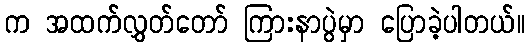
က အထက်လွှတ်တော် ကြားနာပွဲမှာ ပြောခဲ့ပါတယ်။